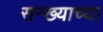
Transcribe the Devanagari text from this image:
सन्ख्याच्या